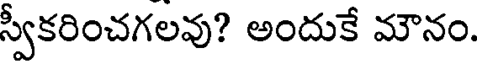
స్వీకరించగలవు? అందుకే మౌనం.